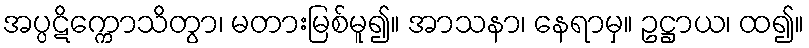
အပ္ပဋိက္ကောသိတွာ၊ မတားမြစ်မူ၍။ အာသနာ၊ နေရာမှ။ ဥဋ္ဌာယ၊ ထ၍။